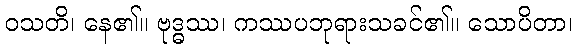
ဝသတိ၊ နေ၏။ ဗုဒ္ဓဿ၊ ကဿပဘုရားသခင်၏။ သောပိတာ၊